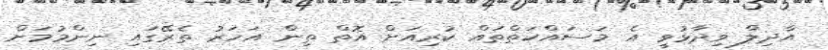
އާދިލް ވިދާޅުވީ އެ މަސައްކަތްތައް ކުރިއަށް އޮތް ތިން އަހަރު ތެރޭގައި ނިންމުމަށް